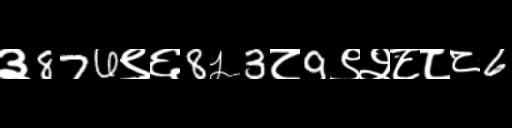
Text: ३876९६8५3८9९२८८८6